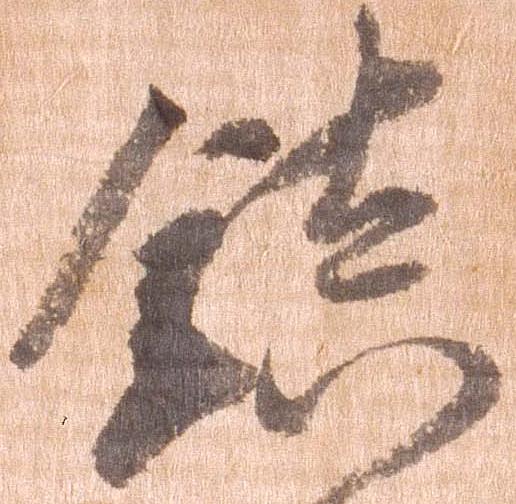
鎮